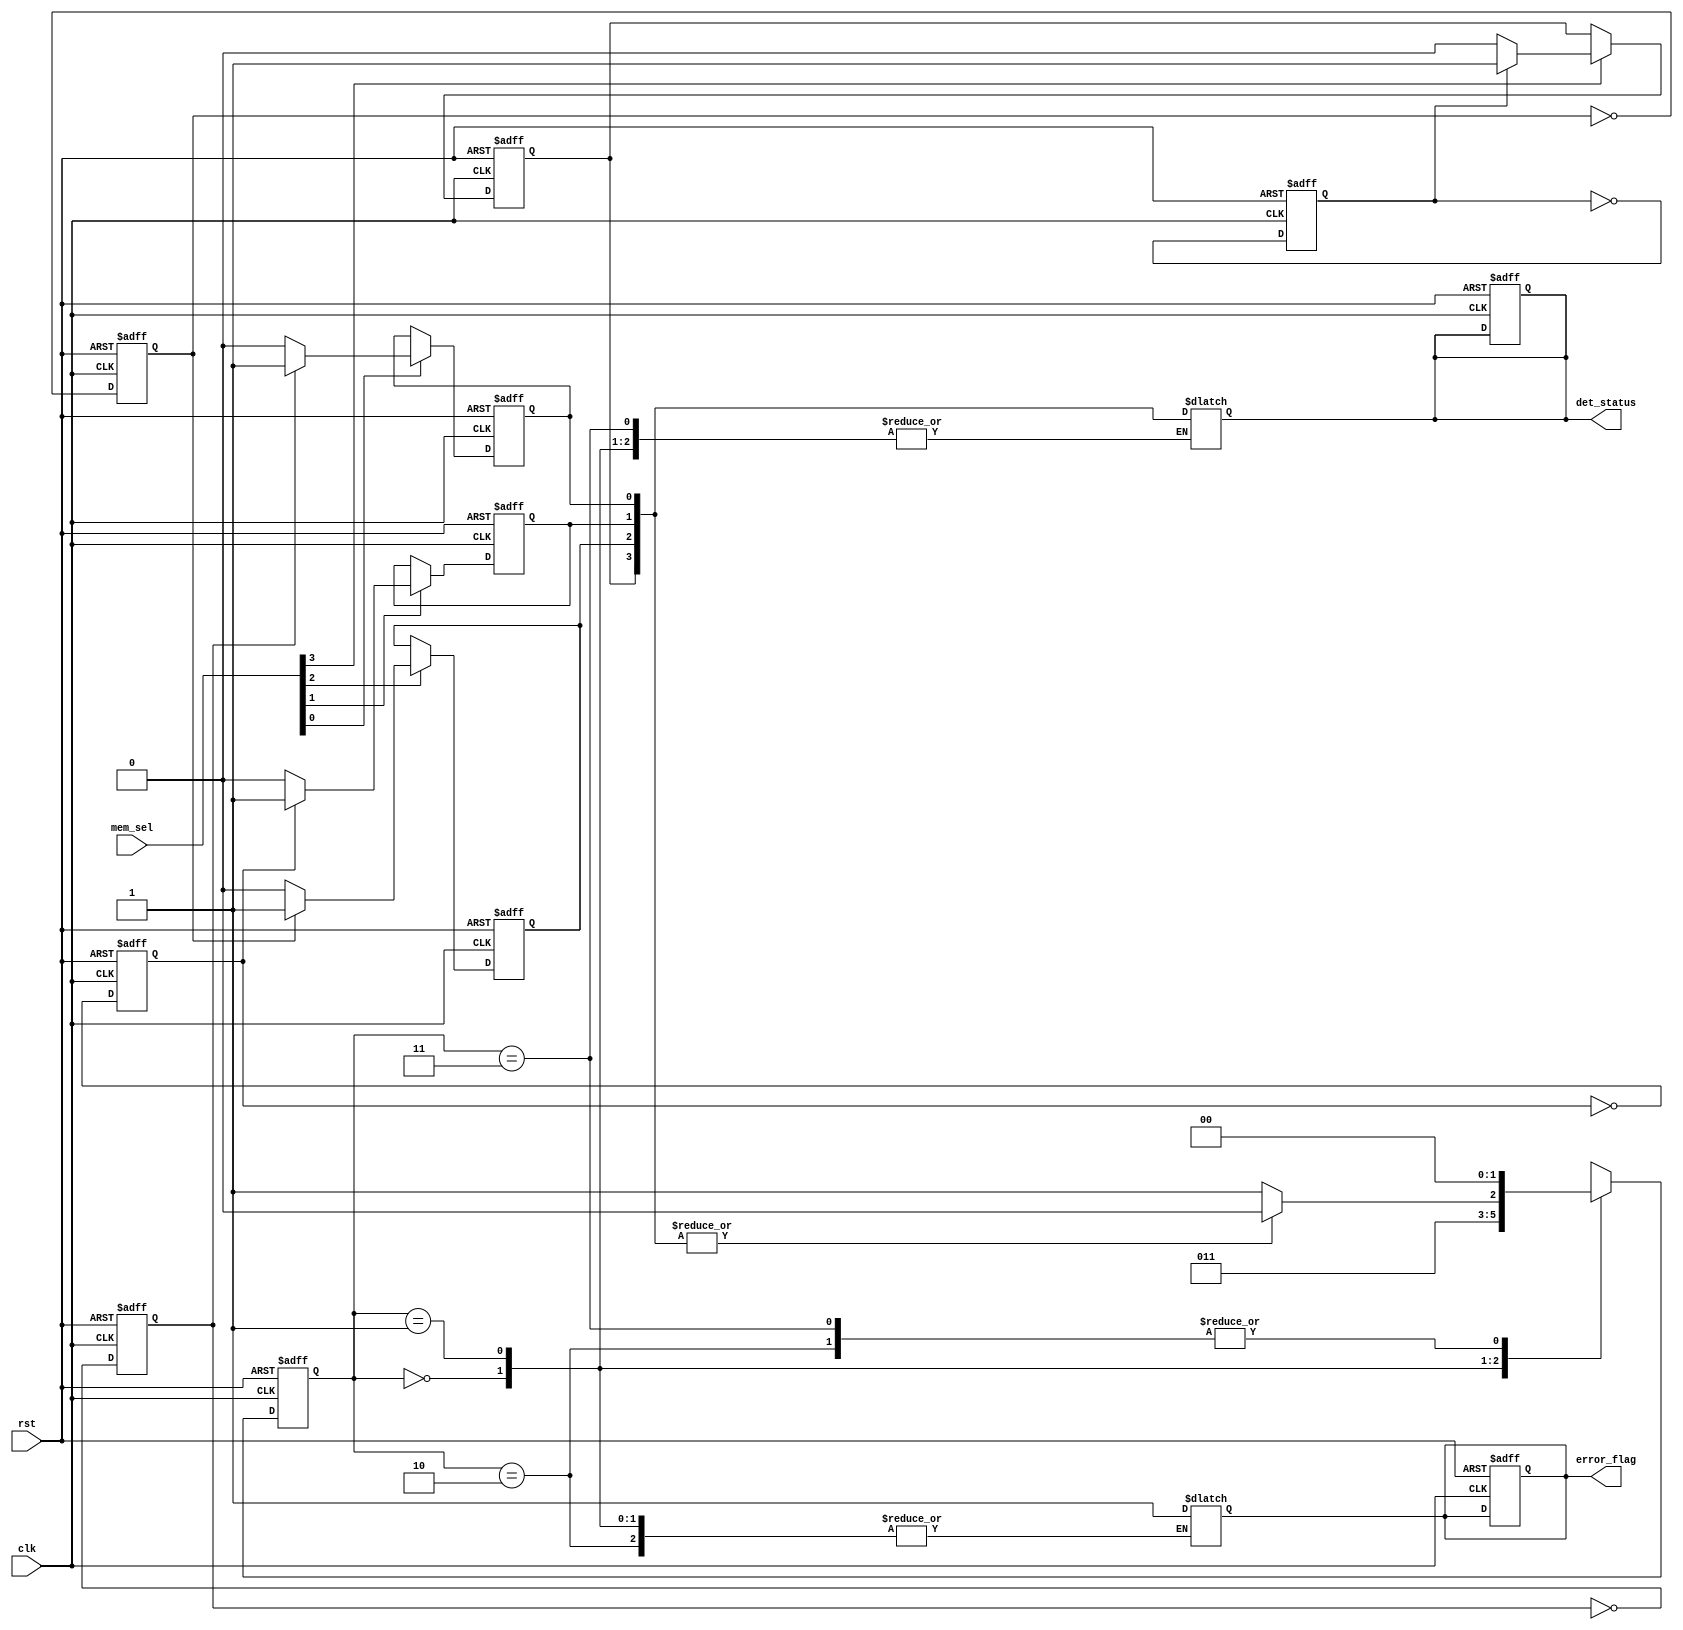
module MemoryBlocksCascadedFFDetector(
    input wire clk,               // Clock signal
    input wire rst,               // Reset signal
    input wire [N-1:0] mem_sel,   // Memory block select signal (N memory blocks)
    output reg [N-1:0] det_status, // Detected status of flip-flops in memory blocks
    output reg error_flag         // Error indicator
);

parameter N = 4; // Number of memory blocks
parameter DETECTED = 1'b1;
parameter NOT_DETECTED = 1'b0;

// Internal signals
reg [N-1:0] ff_status; // Flip-flop status register
reg [1:0] state;       // State register for FSM
reg [1:0] next_state;  // Next state for FSM

// State encoding
localparam INIT = 2'b00;
localparam DETECT = 2'b01;
localparam REPORT = 2'b10;
localparam ERROR = 2'b11;

// Flip-Flop detection logic for each memory block
genvar i;
generate
    for (i = 0; i < N; i = i + 1) begin : mem_block
        reg ff; // Flip-flop in each memory block
        always @(posedge clk or posedge rst) begin
            if (rst) begin
                ff <= 1'b0; // Reset flip-flop
            end else begin
                ff <= ~ff; // Toggle flip-flop for demonstration
            end
        end
        
        // Flip-flop detection logic
        always @(posedge clk or posedge rst) begin
            if (rst) begin
                ff_status[i] <= NOT_DETECTED; // Reset status
            end else if (mem_sel[i]) begin
                ff_status[i] <= ff ? DETECTED : NOT_DETECTED; // Detect status
            end
        end
    end
endgenerate

// FSM for control logic
always @(posedge clk or posedge rst) begin
    if (rst) begin
        state <= INIT;
        error_flag <= 1'b0;
        det_status <= 0;
    end else begin
        state <= next_state;
    end
end

// Next state logic
always @(*) begin
    case (state)
        INIT: begin
            next_state = DETECT;
        end
        DETECT: begin
            if (|ff_status) begin // If any flip-flop is detected
                next_state = REPORT;
            end else begin
                next_state = ERROR;
            end
        end
        REPORT: begin
            det_status = ff_status; // Report detected status
            next_state = INIT; // Go back to initialization
        end
        ERROR: begin
            error_flag = 1'b1; // Set error flag
            next_state = INIT; // Go back to initialization
        end
        default: next_state = INIT; // Default case
    endcase
end

endmodule